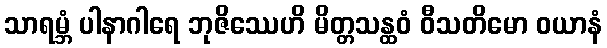
သာရမ္ဘံ ပါနာဂါရေ ဘုဇိဿေဟိ မိတ္တသန္ထဝံ ဝီသတိမော ဝယာနံ